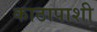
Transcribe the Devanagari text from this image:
काठापाशी